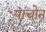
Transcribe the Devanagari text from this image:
पाचोन